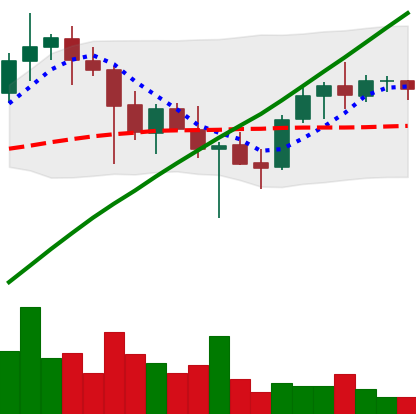
Ticker: ADA-USD
Chart end date: 2021-05-02
Forward return: 24.618%
Label: up_7plus